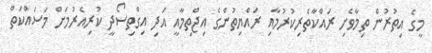
މީގެ އިތުރުން ތިމާވެށި ރައްކާތެރިކުރުމާއި ރައްޔިތުންގެ އިޖްތިމާއީ އަދި އިގްތިސޯދީ ކުރިއެރުމަށް މަސައްކަތް